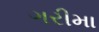
ગરીમા